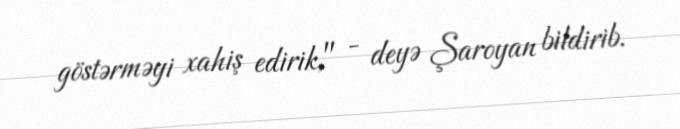
göstərməyi xahiş edirik," - deyə Şaroyan bildirib.